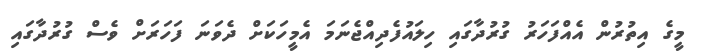
މީގެ އިތުރުން އެއްފަހަރު ގުރުދާގައި ހިލައުފެދިއްޖެނަމަ އެމީހަކަށް ދެވަނަ ފަހަރަށް ވެސް ގުރުދާގައި